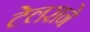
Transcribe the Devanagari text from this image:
टेलराने